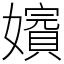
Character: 𡣑